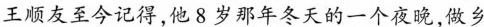
王顺友至今记得他8岁那年冬天的一个夜晚，做乡